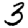
Digit: 3